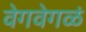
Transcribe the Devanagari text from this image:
वेगवेगळं